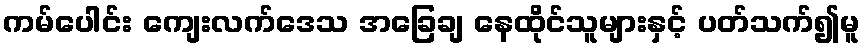
ကမ်ပေါင်း ကျေးလက်ဒေသ အခြေချ နေထိုင်သူများနှင့် ပတ်သက်၍မူ